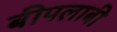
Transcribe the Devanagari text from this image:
बीपलाबी